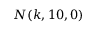
N ( k , 1 0 , 0 )